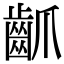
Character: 𪗢